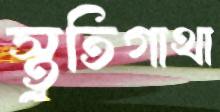
স্তুতিগাথা